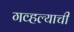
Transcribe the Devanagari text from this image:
गव्हल्याची